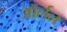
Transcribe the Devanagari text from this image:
ऑर्लन